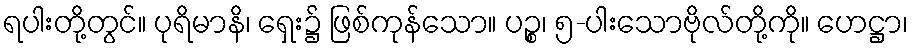
ရပါးတို့တွင်။ ပုရိမာနိ၊ ရှေး၌ ဖြစ်ကုန်သော။ ပဉ္စ၊ ၅-ပါးသောဗိုလ်တို့ကို။ ဟေဋ္ဌာ၊